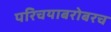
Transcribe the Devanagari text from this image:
परिचयाबरोबरच